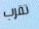
تقرب